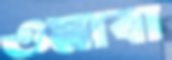
ওমাবা